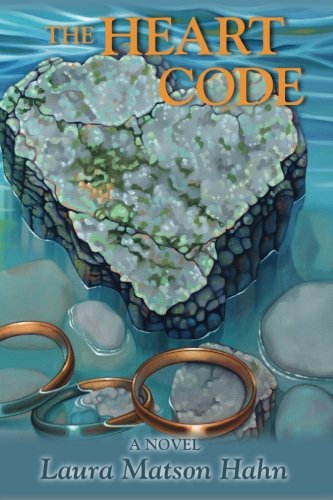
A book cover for The Heart Code: A Novel; Laura Matson Hahn; Romance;